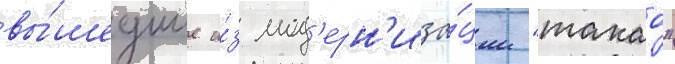
вы́шедшие и́з мод'ерн'иза́ции "такао"